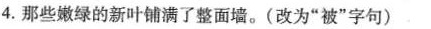
4.那些嫩绿的新叶铺满了整面墙。(改为”被”字句)